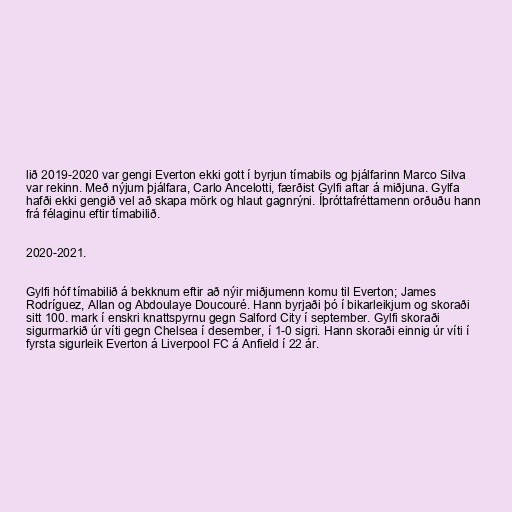
lið 2019-2020 var gengi Everton ekki gott í byrjun tímabils og þjálfarinn Marco Silva
var rekinn. Með nýjum þjálfara, Carlo Ancelotti, færðist Gylfi aftar á miðjuna. Gylfa
hafði ekki gengið vel að skapa mörk og hlaut gagnrýni. Íþróttafréttamenn orðuðu hann
frá félaginu eftir tímabilið.

2020-2021.

Gylfi hóf tímabilið á bekknum eftir að nýir miðjumenn komu til Everton; James
Rodríguez, Allan og Abdoulaye Doucouré. Hann byrjaði þó í bikarleikjum og skoraði
sitt 100. mark í enskri knattspyrnu gegn Salford City í september. Gylfi skoraði
sigurmarkið úr víti gegn Chelsea í desember, í 1-0 sigri. Hann skoraði einnig úr víti í
fyrsta sigurleik Everton á Liverpool FC á Anfield í 22 ár.